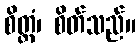
စိတ္တံ၊ စိတ်သည်။